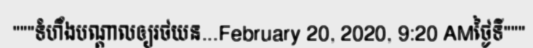
"""ទំហឹងបណ្តាលឲ្យរថយន...February 20, 2020, 9:20 AMថ្ងៃទី"""